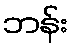
ဘန်း